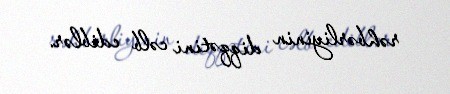
rəhbərliyinin diqqətini cəlb ediblər.